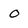
Character: o